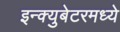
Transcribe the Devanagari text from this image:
इन्क्युबेटरमध्ये